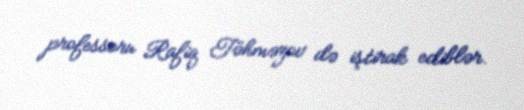
professoru Rafiq Təhməzov də iştirak ediblər.